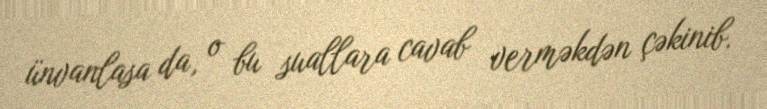
ünvanlasa da, o bu suallara cavab verməkdən çəkinib.